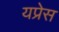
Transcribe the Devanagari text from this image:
यप्रेस